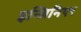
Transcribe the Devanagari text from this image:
इन्जिनिएर